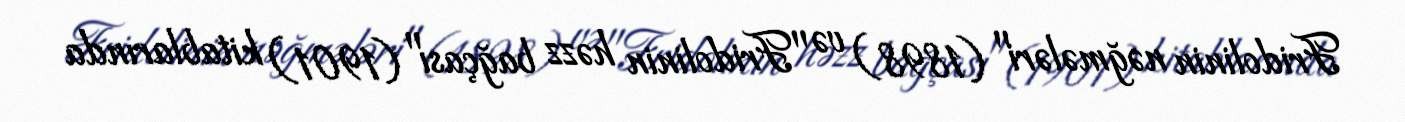
Fridolinin nəğmələri" (1898) və "Fridolinin həzz bağçası" (1901) kitablarında